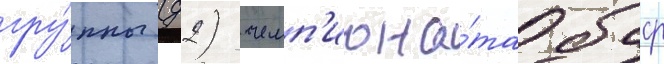
гру́ппы (д2) чемп'иона́та бсср